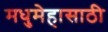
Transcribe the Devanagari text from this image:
मधुमेहासाठी